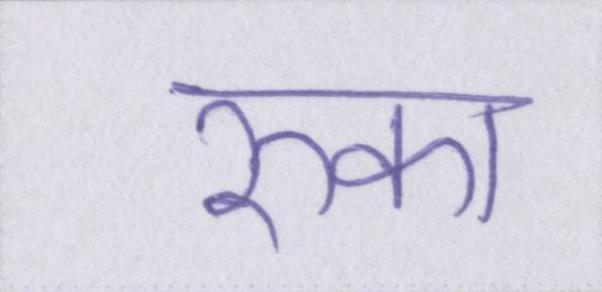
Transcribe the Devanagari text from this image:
रुका